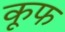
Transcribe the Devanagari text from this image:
कूफ